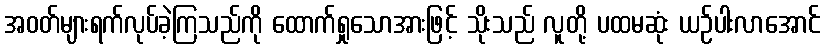
အဝတ်များရက်လုပ်ခဲ့ကြသည်ကို ထောက်ရှုသောအားဖြင့် သိုးသည် လူတို့ ပထမဆုံး ယဉ်ပါးလာအောင်